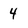
Character: 4